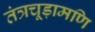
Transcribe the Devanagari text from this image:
तंत्रचूड़ामणि